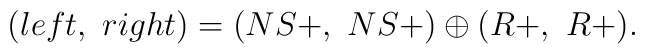
(left,\ right) = (NS+,\ NS+)\oplus(R+,\ R+).